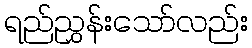
ရည်ညွှန်းသော်လည်း